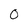
Character: 0